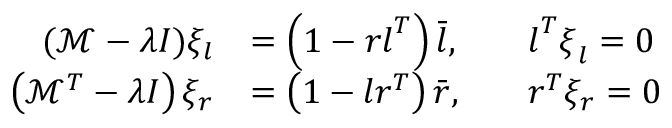
\begin{array} { r l r l } { ( \mathcal { M } - \lambda I ) \xi _ { l } } & { = \left( 1 - \boldsymbol { r } \boldsymbol { l } ^ { T } \right) \bar { \boldsymbol { l } } , } & & { \boldsymbol { l } ^ { T } \boldsymbol { \xi } _ { l } = 0 } \\ { \left( \mathcal { M } ^ { T } - \lambda I \right) \xi _ { r } } & { = \left( 1 - \boldsymbol { l } \boldsymbol { r } ^ { T } \right) \bar { \boldsymbol { r } } , } & & { \boldsymbol { r } ^ { T } \xi _ { r } = 0 } \end{array}